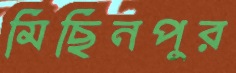
মিছিনপুর